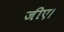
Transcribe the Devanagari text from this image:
जीए।